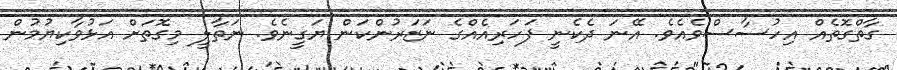
ގާތްގޮތެއް އިހުސާސްވެއެވެ. އޭނަ ދެކެނީ ފަހަރިއެއްގެ ނަޒަރުންކަން ޔަގީނެވެ. ނަތާލީ މިގޮތަށް އަޅުވާކިޔުމުން